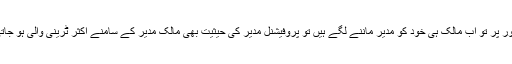
عام طور پر تو اب مالک ہی خود کو مدیر ماننے لگے ہیں تو پروفیشنل مدیر کی حیثیت بھی مالک مدیر کے سامنے اکثر ٹرینی والی ہو جاتی ہے۔